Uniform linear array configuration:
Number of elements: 16
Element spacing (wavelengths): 0.25
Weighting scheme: binomial
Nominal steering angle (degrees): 45
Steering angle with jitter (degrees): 45.038
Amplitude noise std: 0.05
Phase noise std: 0.05

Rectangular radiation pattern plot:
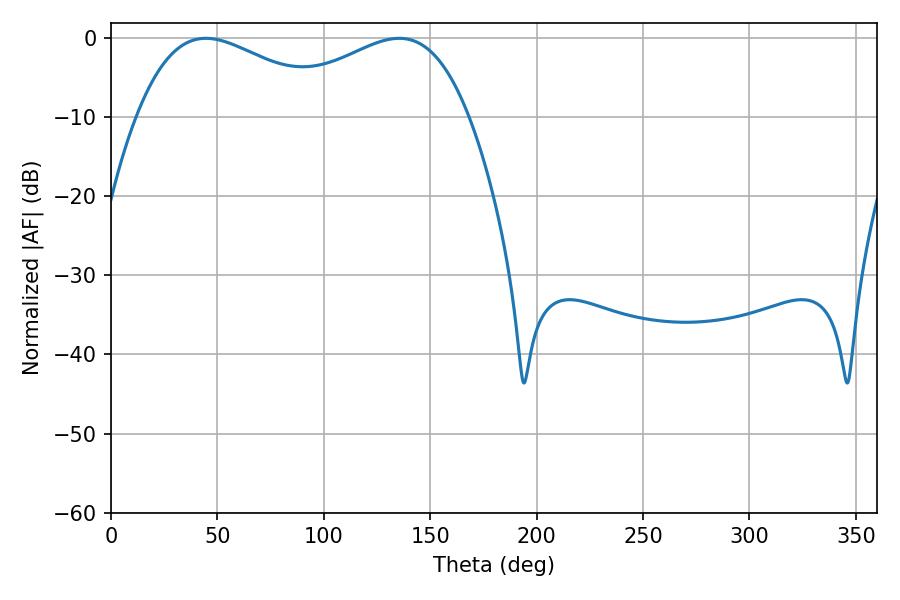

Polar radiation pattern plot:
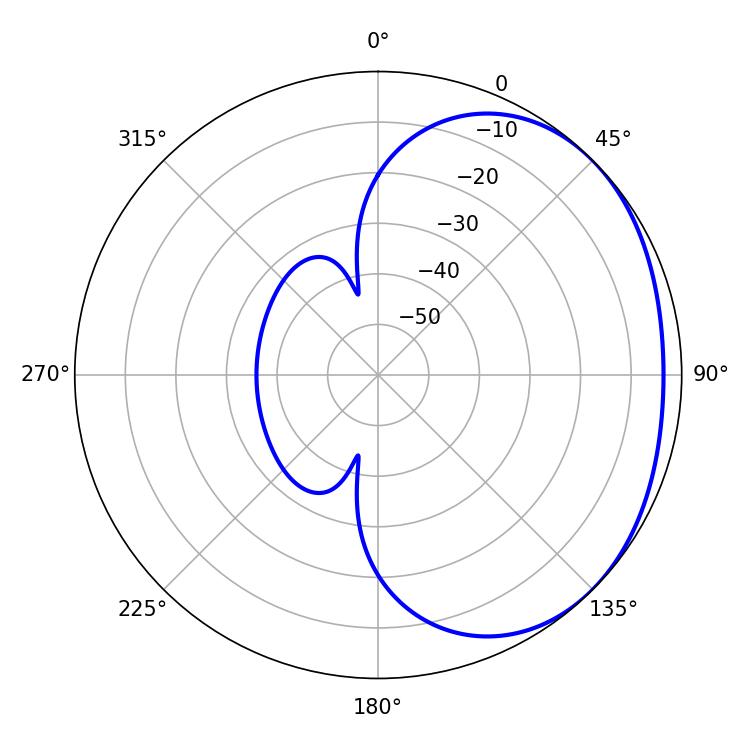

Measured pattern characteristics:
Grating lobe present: FALSE
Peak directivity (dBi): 1.855
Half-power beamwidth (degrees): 51.66
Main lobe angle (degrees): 44.64